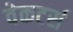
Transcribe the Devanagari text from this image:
वेकटर्स